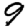
Digit: 9